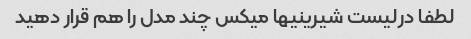
لطفا درلیست شیرینیها میکس چند مدل را هم قرار دهید